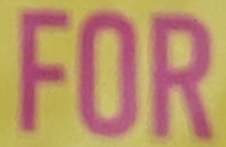
FOR